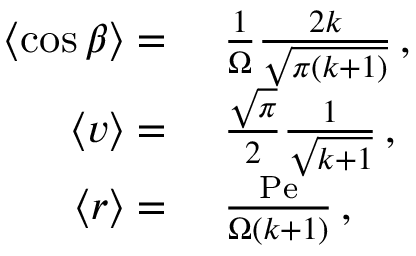
\begin{array} { r l } { \left\langle \cos \beta \right\rangle = } & { \ \frac { 1 } { \Omega } \frac { 2 k } { \sqrt { \pi ( k + 1 ) } } \, , } \\ { \left\langle v \right\rangle = } & { \ \frac { \sqrt { \pi } } { 2 } \frac { 1 } { \sqrt { k + 1 } } \, , } \\ { \left\langle r \right\rangle = } & { \ \frac { \mathrm { P e } } { \Omega ( k + 1 ) } \, , } \end{array}